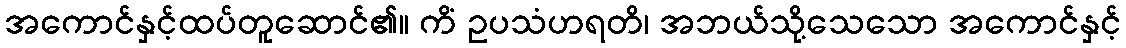
အကောင်နှင့်ထပ်တူဆောင်၏။ ကိံ ဥပသံဟရတိ၊ အဘယ်သို့သေသော အကောင်နှင့်